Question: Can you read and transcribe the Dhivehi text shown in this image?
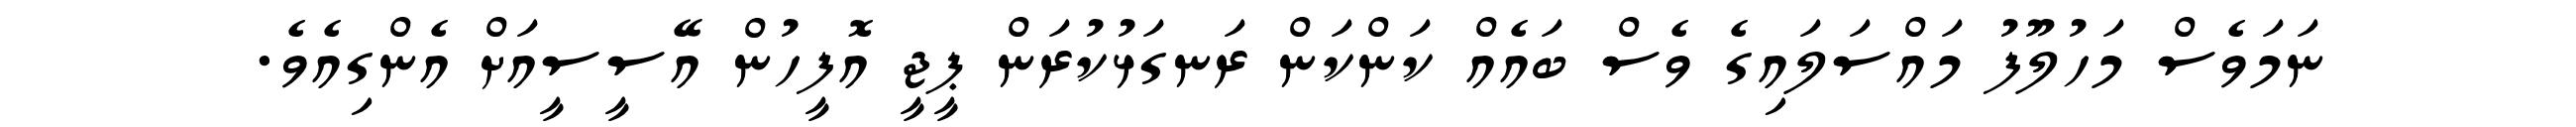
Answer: ނަމަވެސް މަހުލޫފު މައްސަލައިގެ ވެސް ބައެއް ކަންކަން ރަނގަޅުކުރަން ޕީޖީ އޮފީހުން އޭސީސީއަށް އެންގިއެވެ.